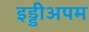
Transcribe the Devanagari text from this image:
इड्डीअपम